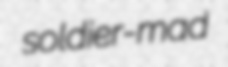
soldier-mad